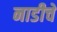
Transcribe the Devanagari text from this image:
नाडीचे